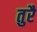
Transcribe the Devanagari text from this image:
तुरै